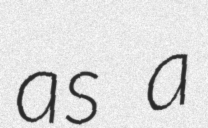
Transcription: as a